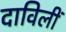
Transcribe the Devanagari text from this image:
दाविलीं